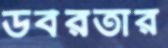
উর্বরতার